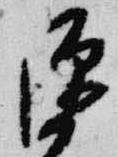
源